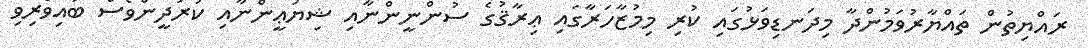
ރައްޔިތުން ތައްޔާރުވަމުންދާ މިދަނޑިވަޅުގައި ކުރި މިމުޒާހަރާގައި ޢިރާޤުގެ ސުންނީންނާއި ޝިޔަޢީންނާއި ކުރުދީންވެސް ބައިވެރިވި